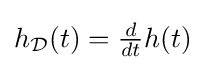
h_{\mathcal {D}}(t)={\tfrac {d}{dt}}h(t)